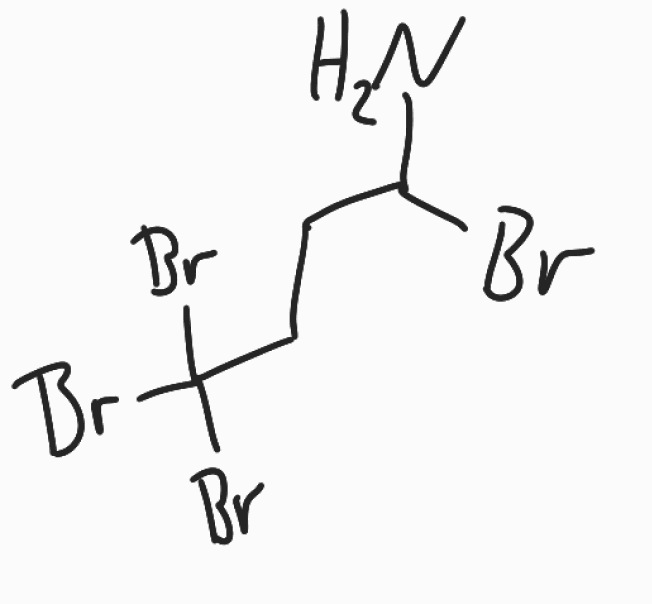
Simplified molecular-input line-entry system (SMILES) notation of the given molecule:
C(CC(Br)(Br)Br)C(N)Br